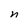
Character: n